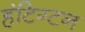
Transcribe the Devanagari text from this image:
हंटिग्टन